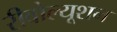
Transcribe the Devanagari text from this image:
रीवोल्यूशन